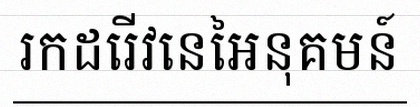
រកដេរីវេនៃអនុគមន៍